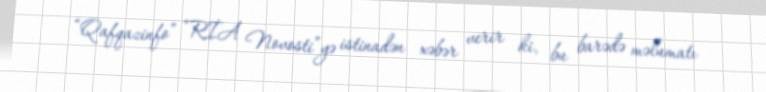
“Qafqazinfo” “RİA Novosti”yə istinadən xəbər verir ki, bu barədə məlumatı